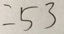
= 5 3